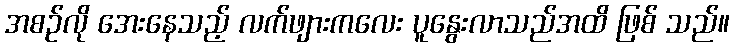
အစဉ်လို အေးနေသည့် လက်ဖျားကလေး ပူနွေးလာသည်အထိ ဖြစ် သည်။